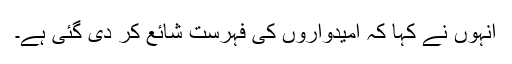
انہوں نے کہا کہ امیدواروں کی فہرست شائع کر دی گئی ہے۔